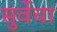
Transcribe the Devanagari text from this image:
सुर्वेचा